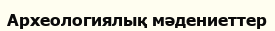
Археологиялық мәдениеттер